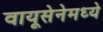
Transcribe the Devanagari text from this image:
वायूसेनेमध्ये